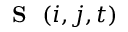
\mathrm { ~ { ~ \bf ~ S ~ } ~ } ( i , j , t )